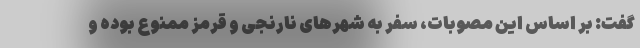
گفت: بر اساس این مصوبات، سفر به شهر‌های نارنجی و قرمز ممنوع بوده و